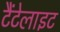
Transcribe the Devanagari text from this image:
टैंटेलाइट